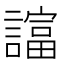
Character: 𧬙